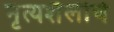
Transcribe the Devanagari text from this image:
नृत्यशैलीचे